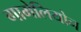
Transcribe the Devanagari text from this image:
गामेलियोन